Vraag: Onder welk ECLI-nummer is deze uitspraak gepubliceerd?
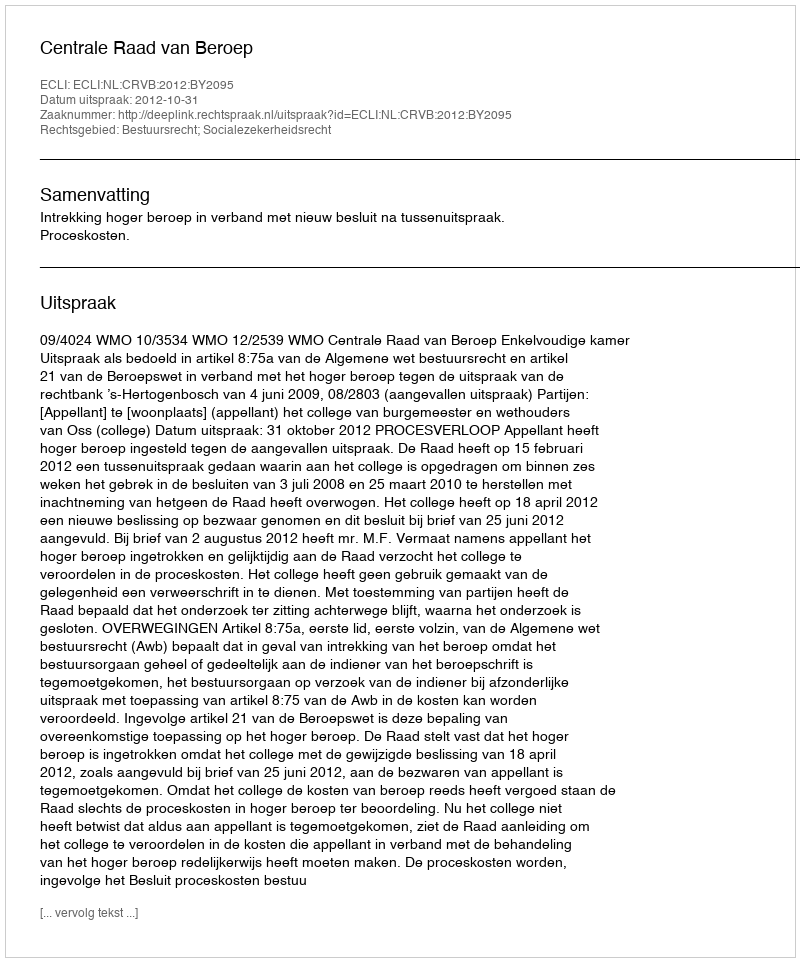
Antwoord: ECLI:NL:CRVB:2012:BY2095